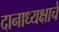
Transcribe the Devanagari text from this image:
दानाध्यक्षाचे